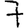
Digit: 7